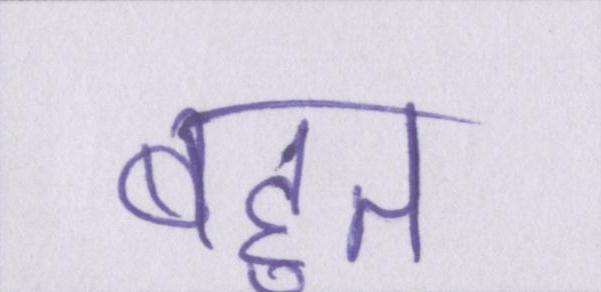
बहुत